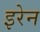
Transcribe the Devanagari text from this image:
इरेन